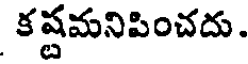
కష్టమనిపించదు.